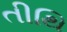
તીથિ